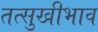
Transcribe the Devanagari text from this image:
तत्सुखीभाव